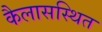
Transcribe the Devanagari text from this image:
कैलासस्थित